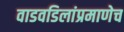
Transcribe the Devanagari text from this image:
वाडवडिलांप्रमाणेच